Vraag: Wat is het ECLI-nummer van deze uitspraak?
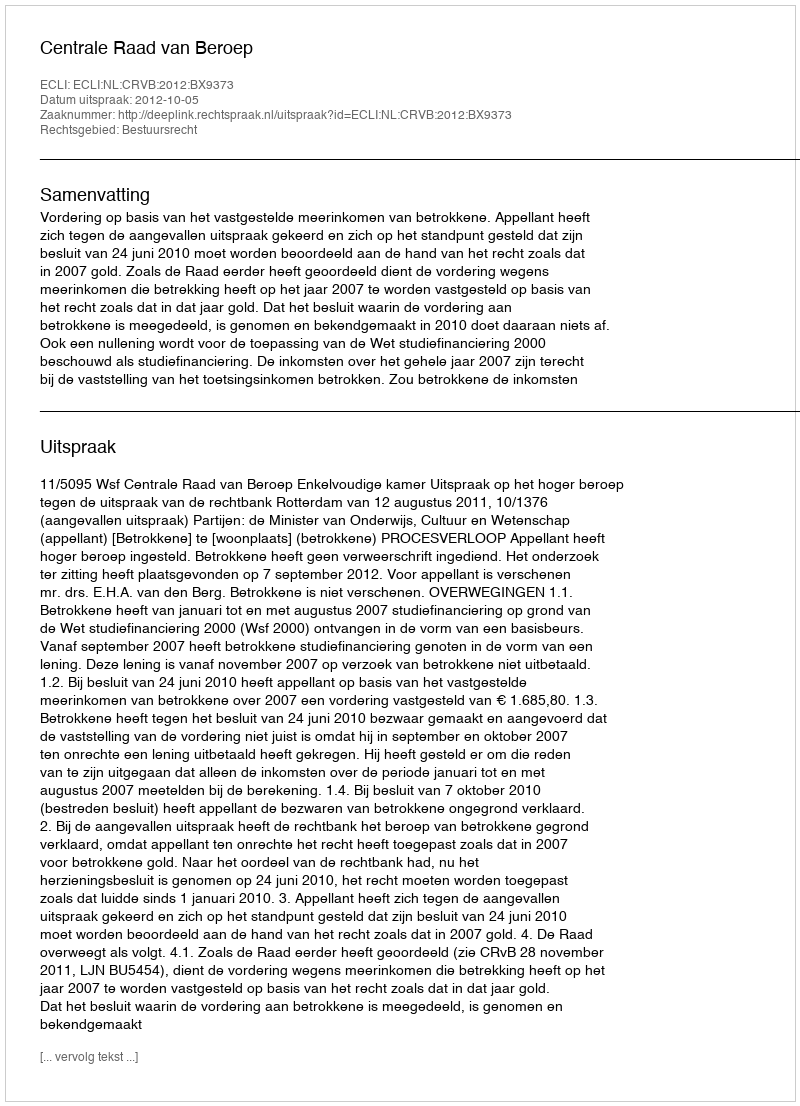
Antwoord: ECLI:NL:CRVB:2012:BX9373